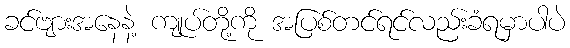
ခင်ဗျားအနေနဲ့ ကျုပ်တို့ကို အပြစ်တင်ရင်လည်းခံရမှာပါပဲ